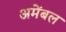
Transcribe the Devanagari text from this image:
अमेंबल